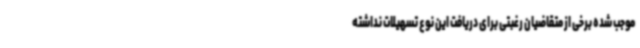
موجب شده برخی از متقاضیان رغبتی برای دریافت این نوع تسهیلات نداشته